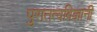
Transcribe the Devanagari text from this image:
पुरातत्वविज्ञानी